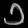
Digit: ၁